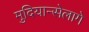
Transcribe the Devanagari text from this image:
मुदियान्सेलागे